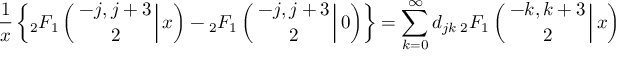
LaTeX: \frac { 1 } { x } \left\{ { _ 2 F _ { 1 } } \left( \left. { - j , j + 3 \atop 2 } \right| x \right) - { _ 2 F _ { 1 } } \left( \left. { - j , j + 3 \atop 2 } \right| 0 \right) \right\} = \sum _ { k = 0 } ^ { \infty } d _ { j k } \, { _ 2 F _ { 1 } } \left( \left. { - k , k + 3 \atop 2 } \right| x \right)